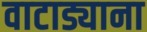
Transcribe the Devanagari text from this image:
वाटाड्याना